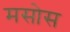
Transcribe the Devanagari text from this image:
मसोस